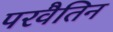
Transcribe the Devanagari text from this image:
परवैतिन